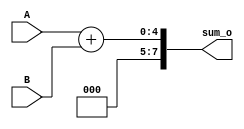
`timescale 1ns / 1ps
//////////////////////////////////////////////////////////////////////////////////
// Company: 
// Engineer: 
// 
// Design Name: 
// Module Name: part2_adder
// Project Name: 
// Target Devices: 
// Tool Versions: 
// Description: 
// 
// Dependencies: 
// 
// Revision:
// Revision 0.01 - File Created
// Additional Comments:
// 
//////////////////////////////////////////////////////////////////////////////////


module part2_adder(
input [3:0] A,
input [3:0] B,
output [7:0] sum_o

    );
    
    assign sum_o=A+B;
endmodule